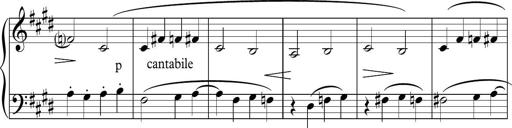
Title: Sonatina n.3
Composer: Tatiana Stankovych
Key: E major